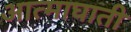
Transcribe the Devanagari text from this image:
आत्माघाती